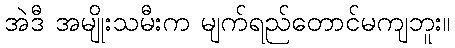
အဲဒီ အမျိုးသမီးက မျက်ရည်တောင်မကျဘူး။